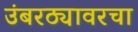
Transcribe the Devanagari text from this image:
उंबरठ्यावरचा